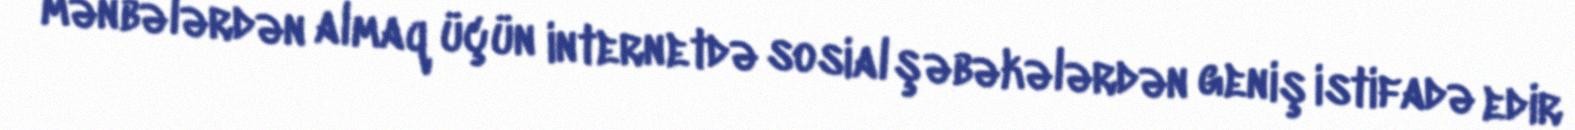
mənbələrdən almaq üçün internetdə sosial şəbəkələrdən geniş istifadə edir